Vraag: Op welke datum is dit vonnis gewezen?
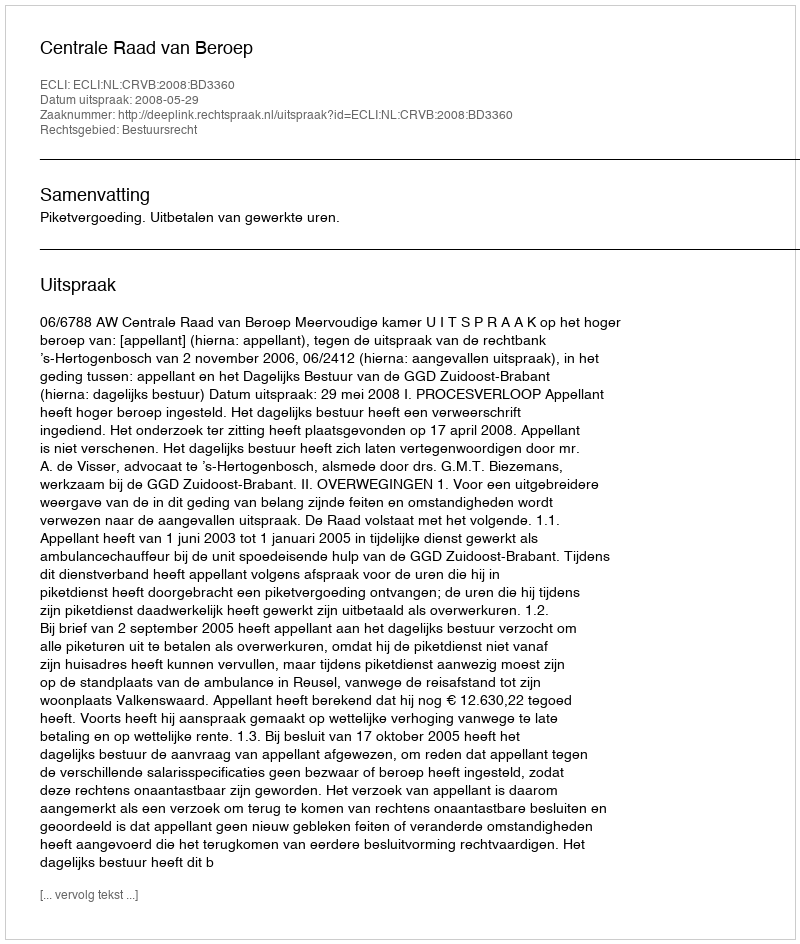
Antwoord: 2008-05-29